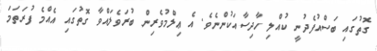
ގޮތުގައި ބަސްއުފެދުނީ ކުއްލި ހާދިސާއަކުންނެވެ. އެ ޢިލްމުވެރިން ބުރަވެލައްވާ ގޮތުގައި އެއްމެ ފުރަތަމަ